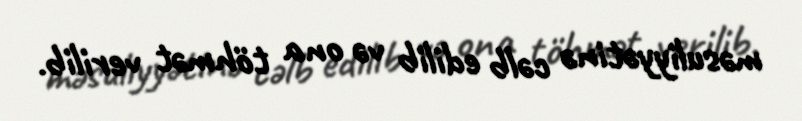
məsuliyyətinə cəlb edilib və ona töhmət verilib.